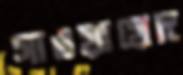
সাওয়ায়েদ